65_HS1-834228961_62-HQ-83894_Section_7
Agency: FBI
Page 98
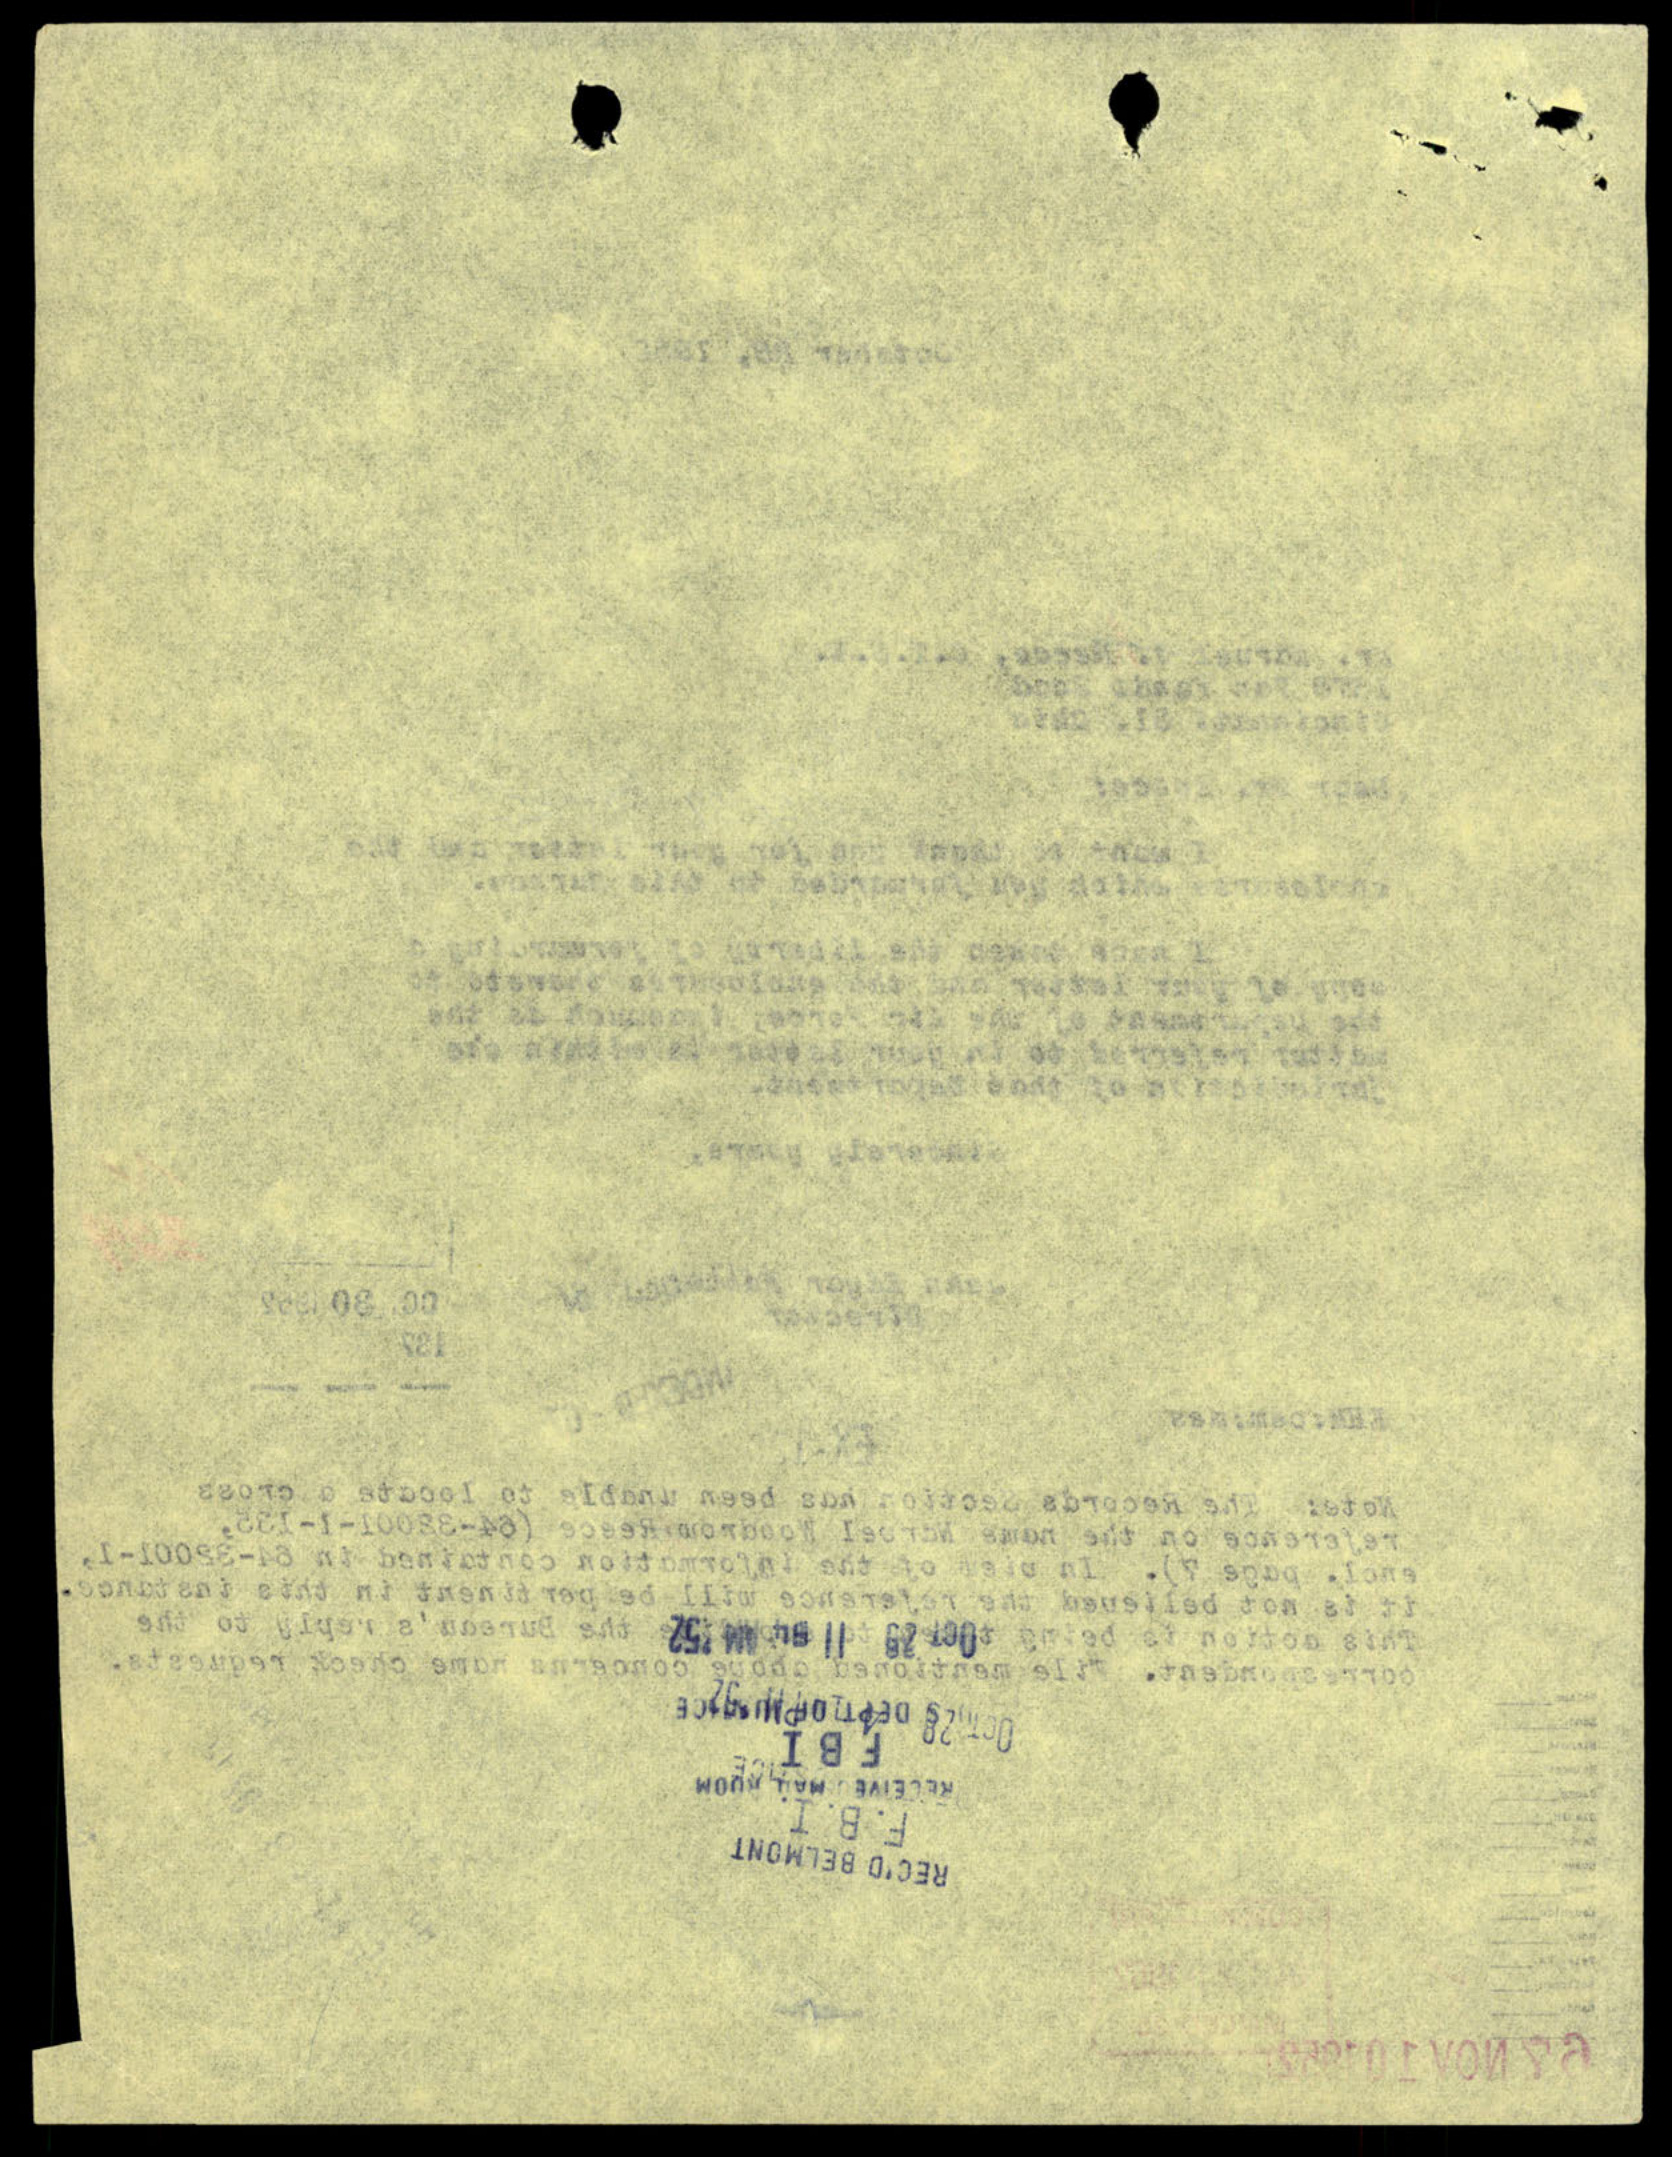